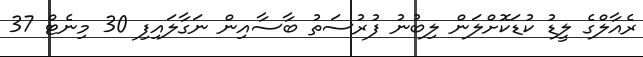
ރެއާލްގެ ލީޑު ކުޑަކޮށްލަން ލިބުނު ފުރުސަތު ބާސާއިން ނަގާލައިފި 30 މިނެޓް 37